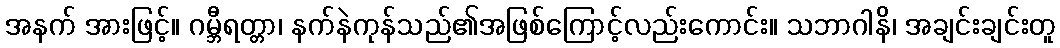
အနက် အားဖြင့်။ ဂမ္ဘီရတ္တာ၊ နက်နဲကုန်သည်၏အဖြစ်ကြောင့်လည်းကောင်း။ သဘာဂါနိ၊ အချင်းချင်းတူ